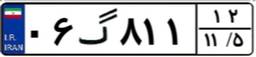
۳۷گ۷۹۵۸۰